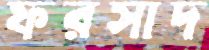
ফরসাদ